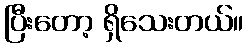
ပြီးတော့ ရှိသေးတယ်။